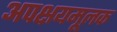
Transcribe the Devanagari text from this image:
अपक्षयमूलक